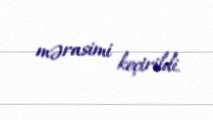
mərasimi keçirildi.